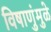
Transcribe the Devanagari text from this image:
विषाणुंमुळे